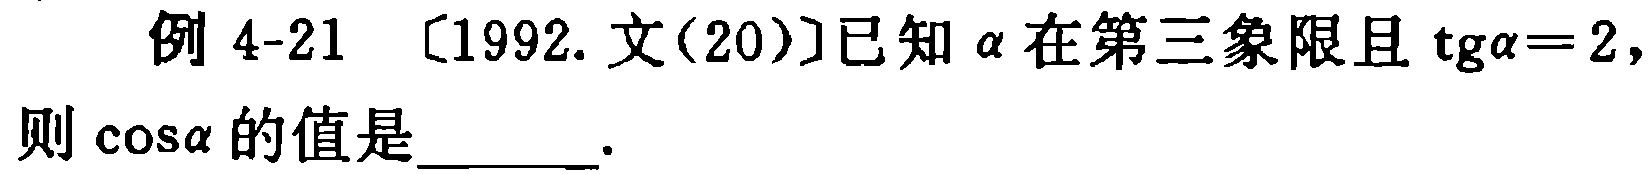
例 4-21 [1992.文(20)]已知\(\alpha\)在第三象限且\(\text{tg}\alpha = 2\)，则\(\cos\alpha\)的值是_____.